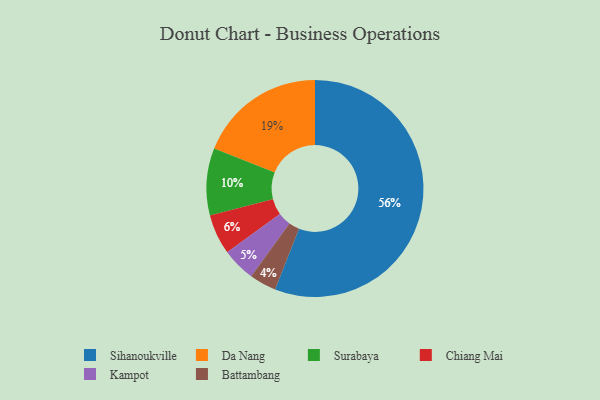
{"axis": {"x": "Category", "y": "Percentage"}, "legend": ["Battambang", "Chiang Mai", "Da Nang", "Kampot", "Sihanoukville", "Surabaya"], "data": [{"x": "Battambang", "y": 4, "type": "Battambang"}, {"x": "Sihanoukville", "y": 56, "type": "Sihanoukville"}, {"x": "Da Nang", "y": 19, "type": "Da Nang"}, {"x": "Chiang Mai", "y": 6, "type": "Chiang Mai"}, {"x": "Surabaya", "y": 10, "type": "Surabaya"}, {"x": "Kampot", "y": 5, "type": "Kampot"}]}